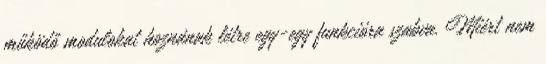
működő modulokat hoznának létre egy-egy funkcióra szabva. Miért nem